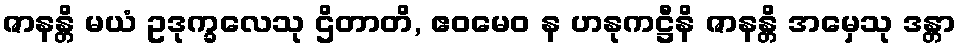
ဇာနန္တိ မယံ ဥဒုက္ခလေသု ဌိတာတိ, ဧဝမေဝ န ဟနုကဋ္ဌီနိ ဇာနန္တိ အမှေသု ဒန္တာ